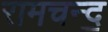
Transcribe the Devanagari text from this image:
रामचन्द॒